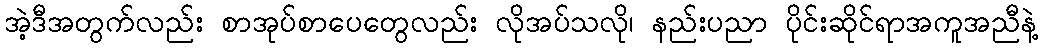
အဲ့ဒီအတွက်လည်း စာအုပ်စာပေတွေလည်း လိုအပ်သလို၊ နည်းပညာ ပိုင်းဆိုင်ရာအကူအညီနဲ့